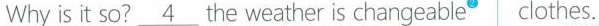
Why is it so?\underline{4} the weather is changeable^{②}clothes.